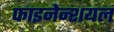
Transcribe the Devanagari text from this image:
फाइनेन्शयल